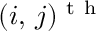
( i , \, j ) ^ { \mathrm { ~ t ~ h ~ } }